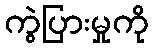
ကွဲပြားမှုကို